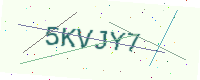
Text: 5KVJY7